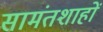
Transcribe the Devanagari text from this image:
सामंतशाहों